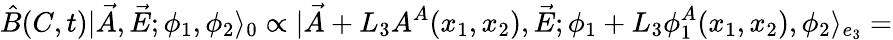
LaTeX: \hat{B}(C,t)|\vec{A},\vec{E};\phi_{1},\phi_{2}{\rangle}_{0}\propto|\vec{A}+L_{3}A^{A}(x_{1},x_{2}),\vec{E};\phi_{1}+L_{3}\phi_{1}^{A}(x_{1},x_{2}),\phi_{2}{\rangle}_{e_{3}}=